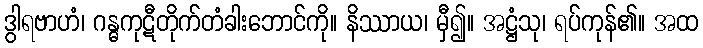
ဒွါရဗာဟံ၊ ဂန္ဓကုဋီတိုက်တံခါးဘောင်ကို။ နိဿာယ၊ မှီ၍။ အဋ္ဌံသု၊ ရပ်ကုန်၏။ အထ